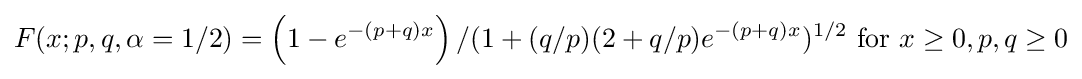
F(x;p,q,\alpha =1/2)=\left(1-e^{-(p+q)x}\right)/{(1+(q/p)(2+q/p)e^{-(p+q)x})^{1/2}}{\text{ for }}x\geq 0,p,q\geq 0